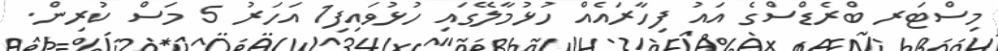
މިސްޓަރ ބްރެޑްސްގެ އައު ފިހާރައެއް ހުޅުމާލޭގައި ހުޅުވައިފި1 އަހަރު 5 މަސް ކުރިން.